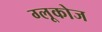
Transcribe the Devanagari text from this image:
ग्‍लूकोज